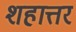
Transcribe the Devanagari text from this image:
शहात्तर